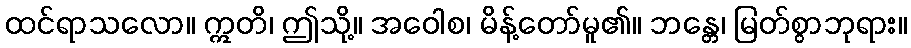
ထင်ရာသလော။ ဣတိ၊ ဤသို့။ အဝေါစ၊ မိန့်တော်မူ၏။ ဘန္တေ၊ မြတ်စွာဘုရား။